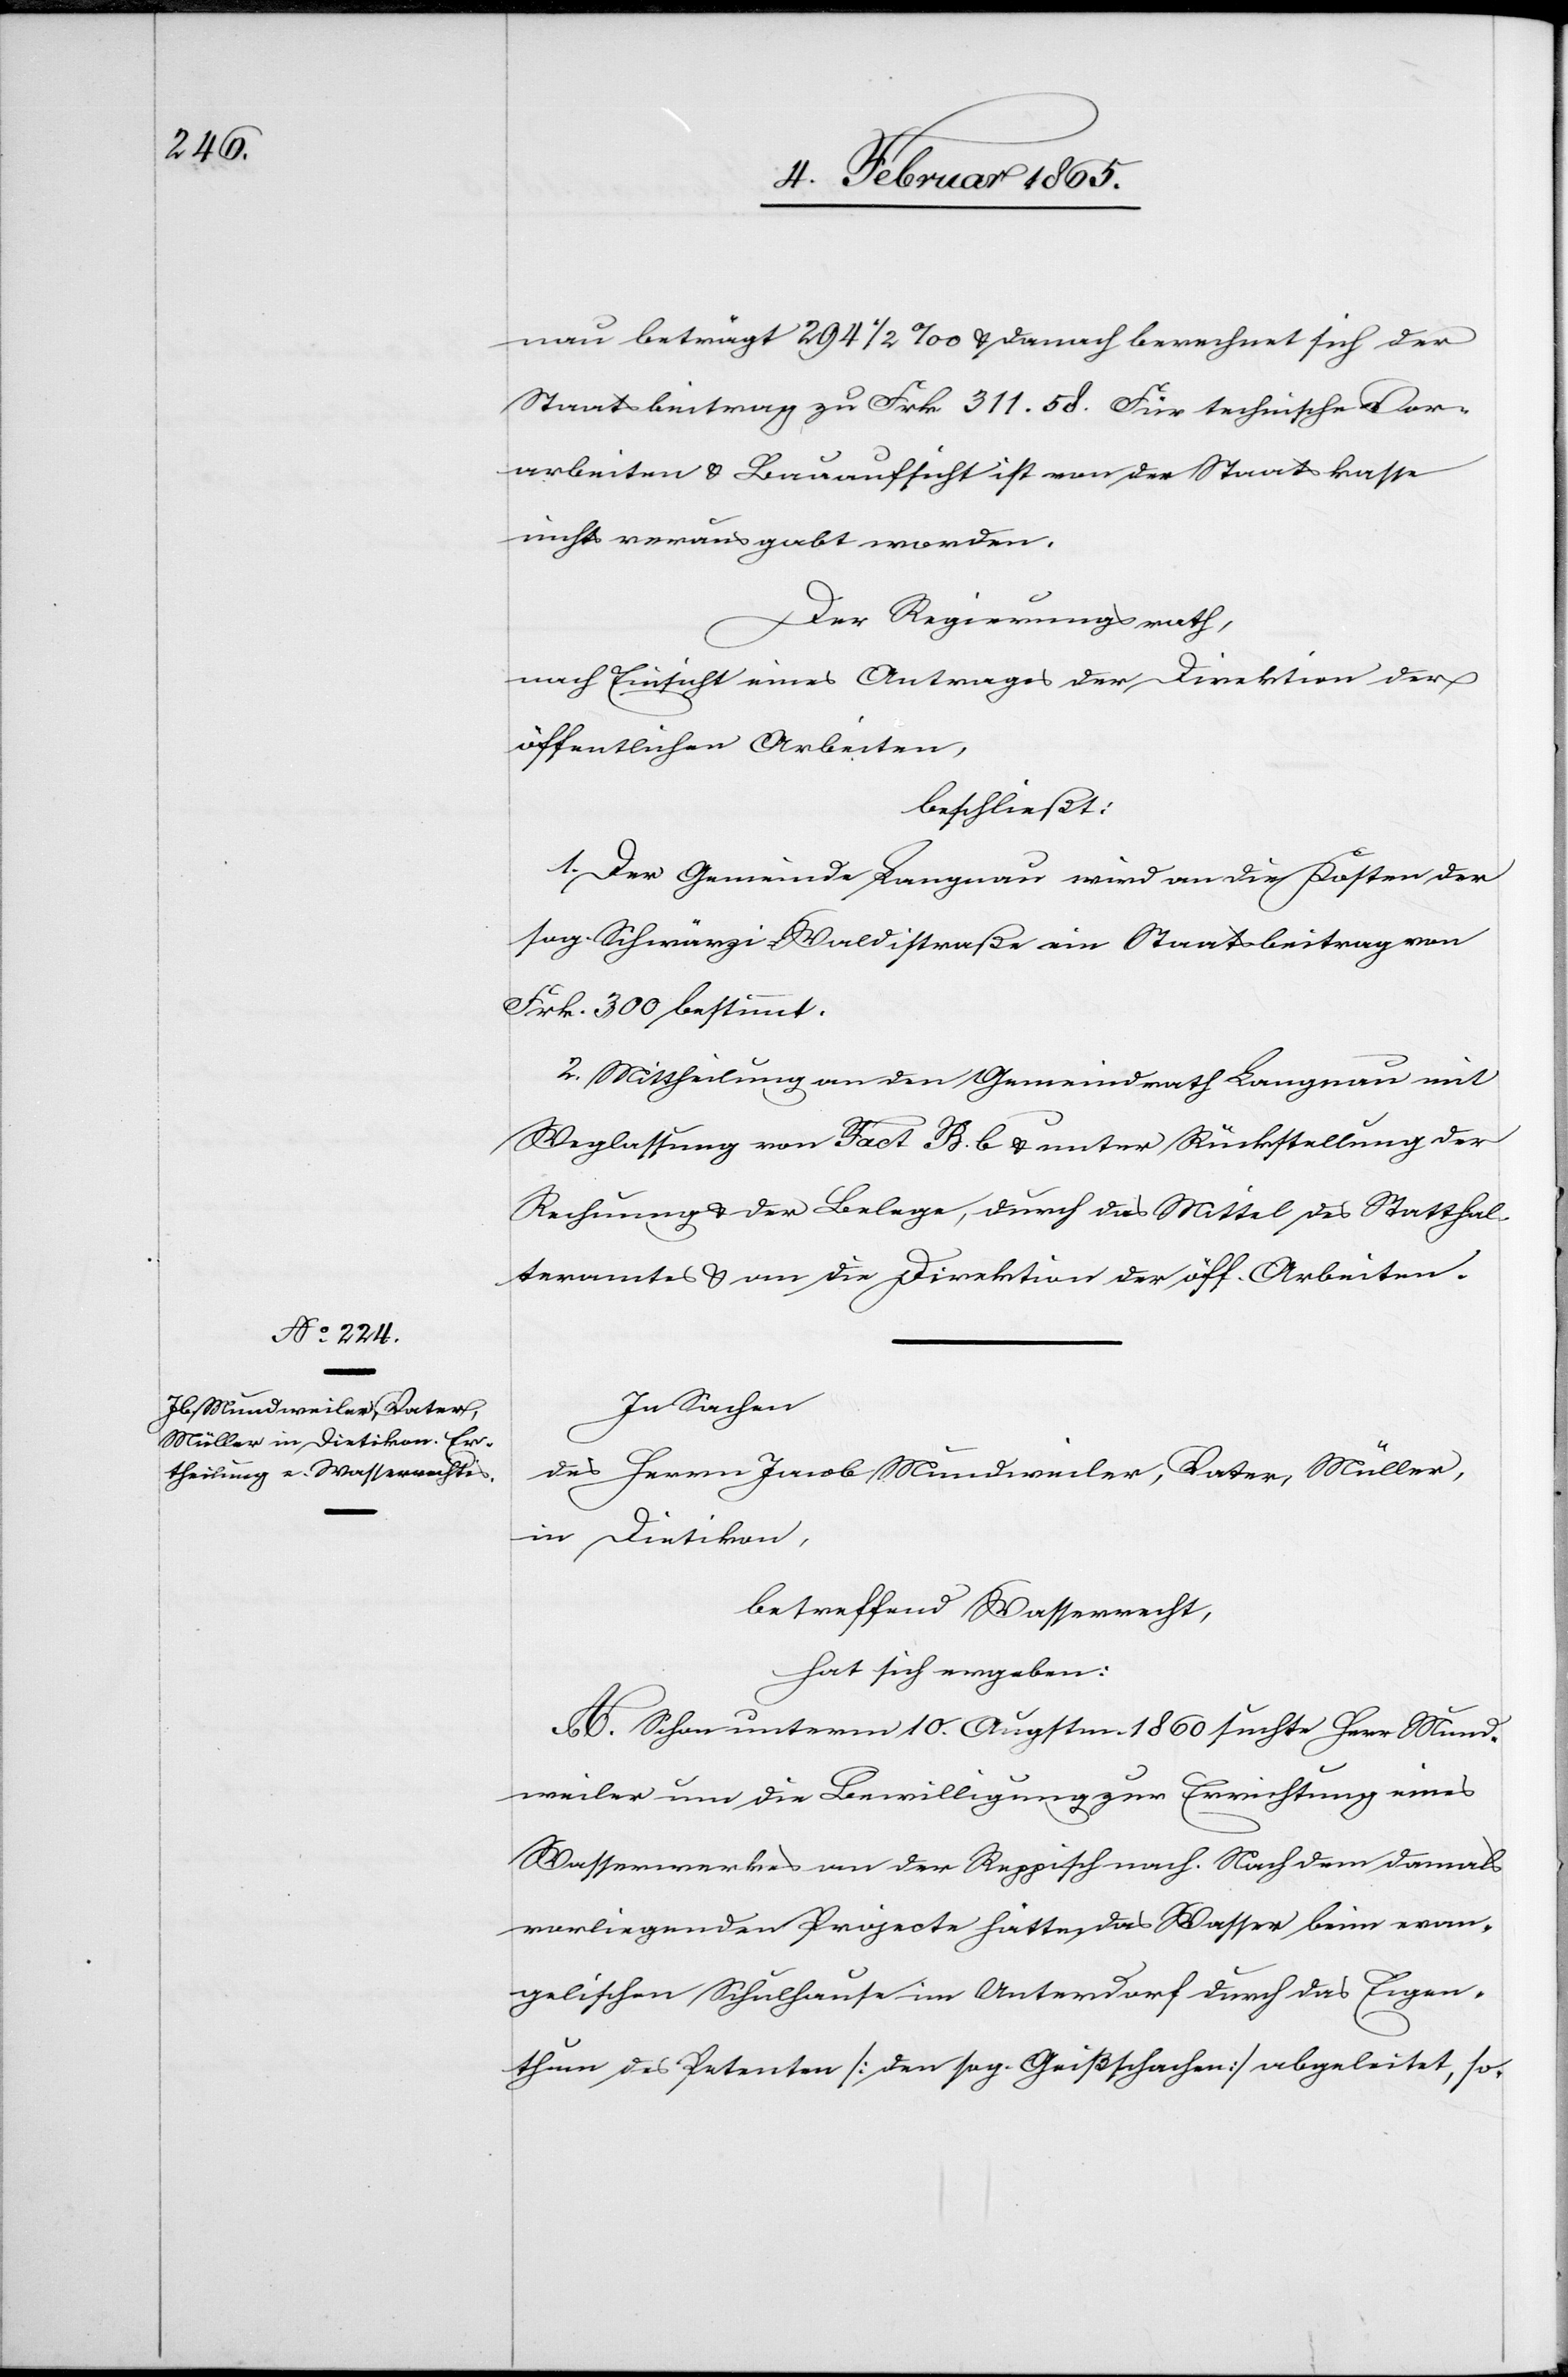
nau beträgt 249 ½ ‰ u. danach berechnet sich der
Staatsbeitrag zu Frk. 311. 58. Für technische Vor¬
arbeiten u. Bauaufsicht ist von der Staatskasse
nichts verausgabt worden.
Der Regierungsrath,
nach Einsicht eines Antrages der Direktion der
öffentlichen Arbeiten,
beschließt:
1. Der Gemeinde Langnau wird an die Kosten der
sog. Schwärzi-Waldistraße ein Staatsbeitrag von
Frk. 300 bestimmt.
2. Mittheilung an den Gemeindrath Langnau mit
Weglassung von Fact B. b u. unter Rückstellung der
Rechnung u. der Belege, durch das Mittel des Statthal¬
teramtes u. an die Direktion der öff. Arbeiten.
In Sachen
des Herrn Jacob Mundweiler, Vater, Müller,
in Dietikon,
betreffend Wasserrecht,
hat sich ergeben:
A. Schon unterm 10. Augstm. 1860 suchte Herr Mund¬
weiler um die Bewilligung zur Errichtung eines
Wasserwerkes an der Reppisch nach. Nach dem damals
vorliegenden Projecte hätte das Wasser beim evan¬
gelischen Schulhause im Unterdorf durch das Eigen¬
thum des Petenten [den sog. Geißschachen] abgeleitet, so-